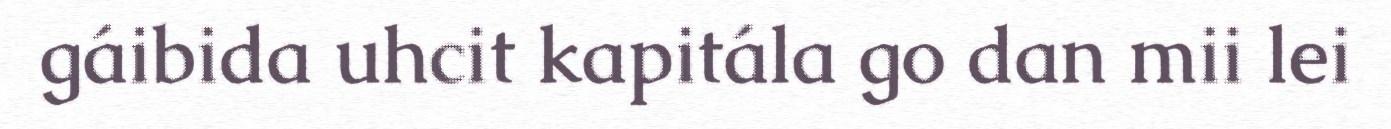
gáibida uhcit kapitála go dan mii lei